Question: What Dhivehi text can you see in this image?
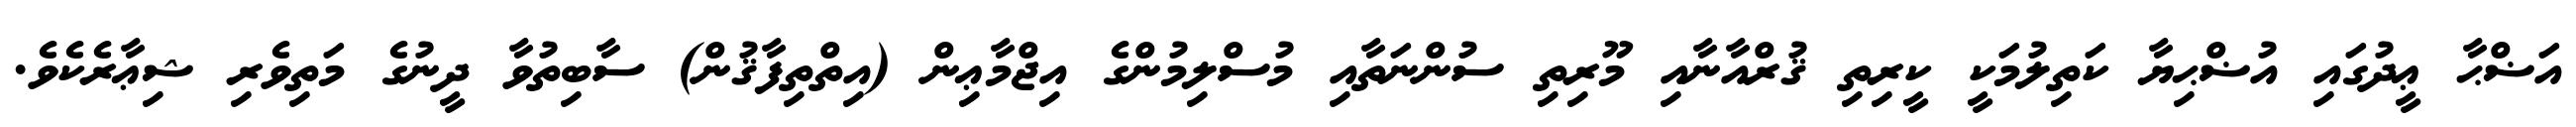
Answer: އަޟްޙާ ޢީދުގައި އުޟްޙިޔާ ކަތިލުމަކީ ކީރިތި ޤުރްއާނާއި މޫރިތި ސުންނަތާއި މުސްލިމުންގެ އިޖްމާޢިން (އިތްތިފާޤުން) ސާބިތުވާ ދީނުގެ މަތިވެރި ޝިޢާރެކެވެ.